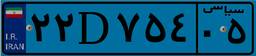
۲۲D۷۵۴۰۵